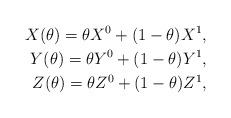
LaTeX: \begin{align*}X(\theta)=\theta X^0+(1-\theta)X^1, \\Y(\theta)=\theta Y^0+(1-\theta)Y^1, \\Z(\theta)=\theta Z^0+(1-\theta)Z^1, \end{align*}